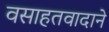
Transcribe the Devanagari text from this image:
वसाहतवादाने